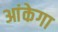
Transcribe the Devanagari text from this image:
आंकेगा